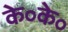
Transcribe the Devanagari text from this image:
के॰के॰